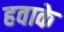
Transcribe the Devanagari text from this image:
हवाके